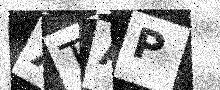
Text: XTAP